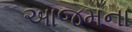
આજમના